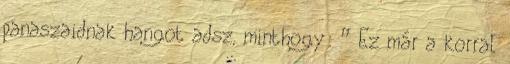
panaszaidnak hangot adsz, minthogy: ” Ez már a korral